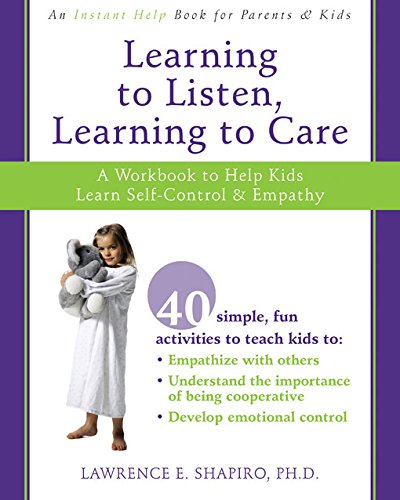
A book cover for Learning to Listen, Learning to Care: A Workbook to Help Kids Learn Self-Control and Empathy; Lawrence Shapiro PhD; Parenting & Relationships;